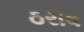
ઠરાવ